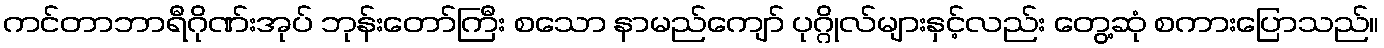
ကင်တာဘာရီဂိုဏ်းအုပ် ဘုန်းတော်ကြီး စသော နာမည်ကျော် ပုဂ္ဂိုလ်များနှင့်လည်း တွေ့ဆုံ စကားပြောသည်။